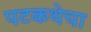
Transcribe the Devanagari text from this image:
पटकथेचा